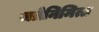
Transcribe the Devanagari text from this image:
जत्रेनिमित्त